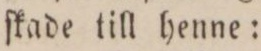
ſkade till henne: